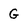
Character: G